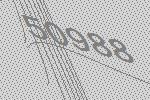
50988